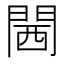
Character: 閪